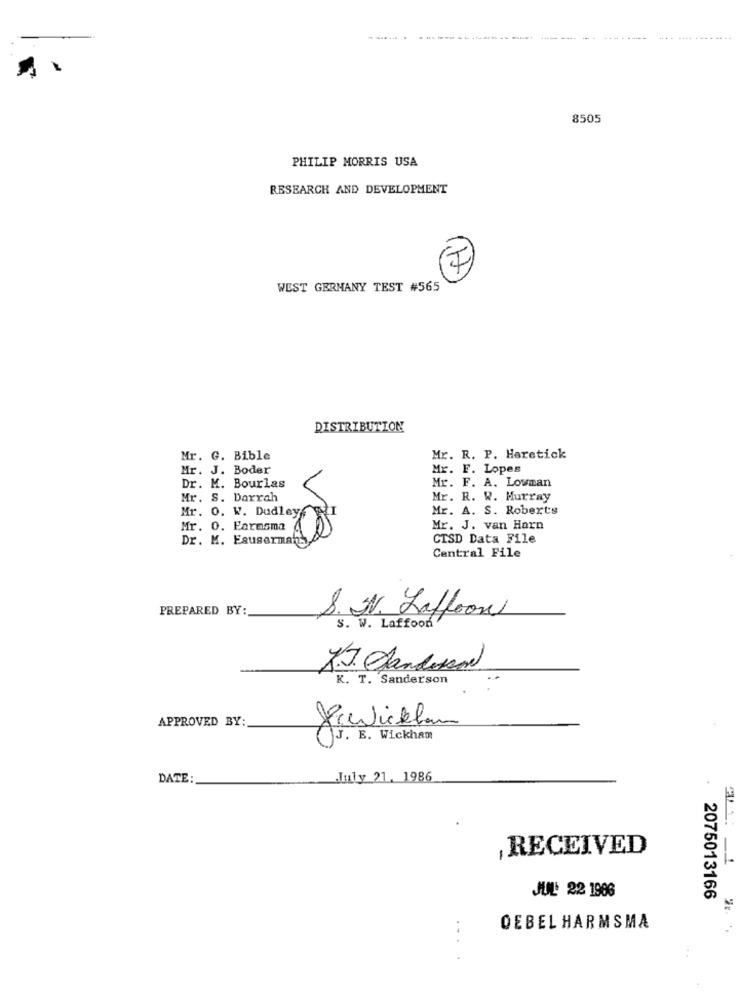
8505
PHILIP MORRIS USA
RESEARCH AND DEVELOPMENT
WEST GERMANY TEST #565
DISTRIBUTION
Mr. G. Bible
Mr. R. P. Heretick
Mr. J. Boder
Mr. F. Lopes
Mr. F. A. Louman
Dr. M. Bourlas
Mr. S. Darrah
Mr. R. W. Murray
Mr. A. S. Roberts
Mr. O. W. Dudley
Mr. 0. Farmsma
Mr. J. van Harn
Dr. M. Esuserman.
CISD Data File
Central File
PREPARED BY:
8. N. Laffron
S. W. Laffood
J.J. Janderson
K. T. Sanderson
APPROVED BY:
Pewnieklan
J. B. Wickham
DATE:
July 21. 1986
, RECEIVED
: 1
JUL: 22 1986
2075013166
DEBEL HARMSMA
....